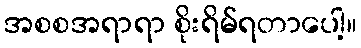
အစစအရာရာ စိုးရိမ်ရတာပေါ့။